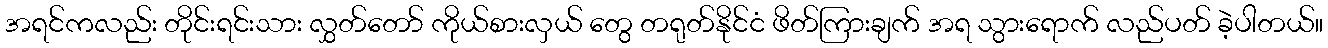
အရင်ကလည်း တိုင်းရင်းသား လွှတ်တော် ကိုယ်စားလှယ် တွေ တရုတ်နိုင်ငံ ဖိတ်ကြားချက် အရ သွားရောက် လည်ပတ် ခဲ့ပါတယ်။